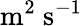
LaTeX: \mathrm{m^{2}~s^{-1}}